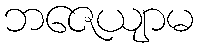
ဘဇေယျာမ